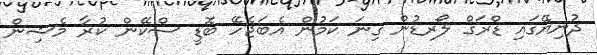
ދުނިޔޭގައި ޑްރަގް ލޯރޑުން ގިނަ ކަމުން އެބަޖެހޭ ބޮޑީ ސްކޭން ކުރާ މެޝިން